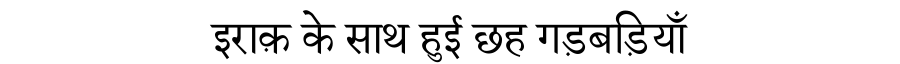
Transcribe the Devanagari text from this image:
इराक़ के साथ हुई छह गड़बड़ियाँ